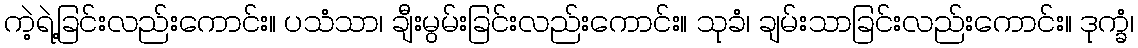
ကဲ့ရဲ့ခြင်းလည်းကောင်း။ ပသံသာ၊ ချီးမွမ်းခြင်းလည်းကောင်း။ သုခံ၊ ချမ်းသာခြင်းလည်းကောင်း။ ဒုက္ခံ၊